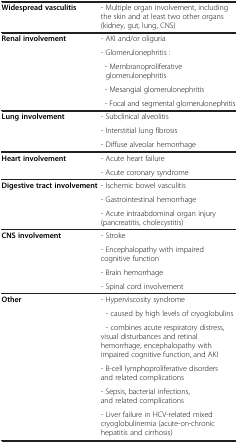
|  |  |
 | --- | --- |
 | Widespread vasculitis | - Multiple organ involvement, including the skin and at least two other organs (kidney, gut, lung, CNS) |
 | <ROWSPAN=5> Renal involvement | - AKI and/or oliguria |
 | - Glomerulonephritis : |
 | - Membranoproliferative glomerulonephritis |
 | - Mesangial glomerulonephritis |
 | - Focal and segmental glomerulonephritis |
 | <ROWSPAN=3> Lung involvement | - Subclinical alveolitis |
 | - Interstitial lung fibrosis |
 | - Diffuse alveolar hemorrhage |
 | <ROWSPAN=2> Heart involvement | - Acute heart failure |
 | - Acute coronary syndrome |
 | <ROWSPAN=3> Digestive tract involvement | - Ischemic bowel vasculitis |
 | - Gastrointestinal hemorrhage |
 | - Acute intraabdominal organ injury (pancreatitis, cholecystitis) |
 | <ROWSPAN=4> CNS involvement | - Stroke |
 | - Encephalopathy with impaired cognitive function |
 | - Brain hemorrhage |
 | - Spinal cord involvement |
 | <ROWSPAN=6> Other | - Hyperviscosity syndrome |
 | - caused by high levels of cryoglobulins |
 | - combines acute respiratory distress, visual disturbances and retinal hemorrhage, encephalopathy with impaired cognitive function, and AKI |
 | - B-cell lymphoproliferative disorders and related complications |
 | - Sepsis, bacterial infections, and related complications |
 | - Liver failure in HCV-related mixed cryoglobulinemia (acute-on-chronic hepatitis and cirrhosis) |